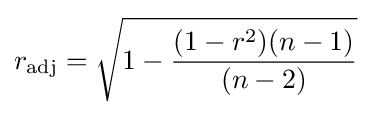
r_{\text{adj}}={\sqrt {1-{\frac {(1-r^{2})(n-1)}{(n-2)}}}}